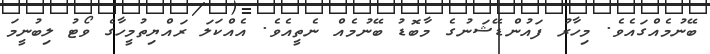
ބޭނުމެއްގައެވެ. މިހާރު ފައުންޑޭޝަނުގެ މާބޮޑު ބޭނުމެއް ނެތީއެވެ. އެއްކަލަ ރައްޔިތުުމީހާގެ ވޯޓު ލިބުނީމަ